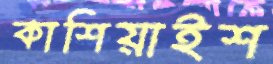
কাশিয়াইশ